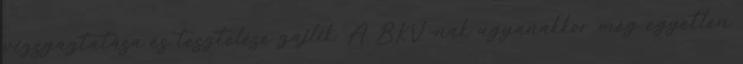
vizsgáztatása és tesztelése zajlik. A BKV-nak ugyanakkor még egyetlen